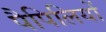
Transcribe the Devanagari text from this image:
पैपिलियों